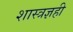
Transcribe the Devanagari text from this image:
शास्त्रज्ञही